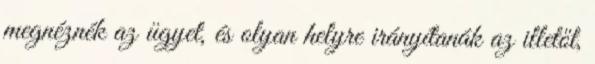
megnéznék az ügyet, és olyan helyre irányítanák az illetőt,